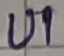
Text: UI